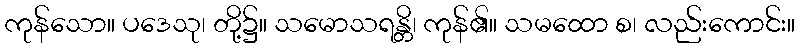
ကုန်သော။ ပဒေသု၊ တို့၌။ သမောသရန္တိ၊ ကုန်၏။ သမထော စ၊ လည်းကောင်း။